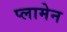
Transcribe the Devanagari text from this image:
प्लामेन